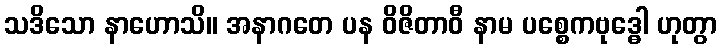
သဒိသော နာဟောသိ။ အနာဂတေ ပန ဝိဇိတာဝီ နာမ ပစ္စေကဗုဒ္ဓေါ ဟုတွာ